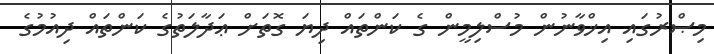
މިޞްރުގައި އިޚްވާނުން މުސްލިމީން ގެ ކަންތައް ދިޔަ ގޮތަށް ޢަދާލަތުގެ ކަންތައް ދިއުމުގެ